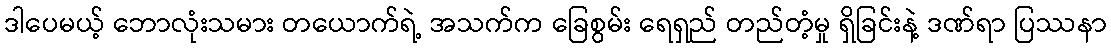
ဒါပေမယ့် ဘောလုံးသမား တယောက်ရဲ့ အသက်က ခြေစွမ်း ရေရှည် တည်တံ့မှု ရှိခြင်းနဲ့ ဒဏ်ရာ ပြဿနာ